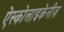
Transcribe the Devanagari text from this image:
ऐस्कोलाइकेनीज़